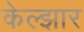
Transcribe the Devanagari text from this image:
केल्झार